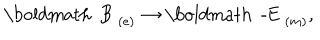
\mathrm { \boldmath ~ B ~ } _ { ( e ) } \rightarrow \mathrm { \boldmath ~ - E ~ } _ { ( m ) } ,